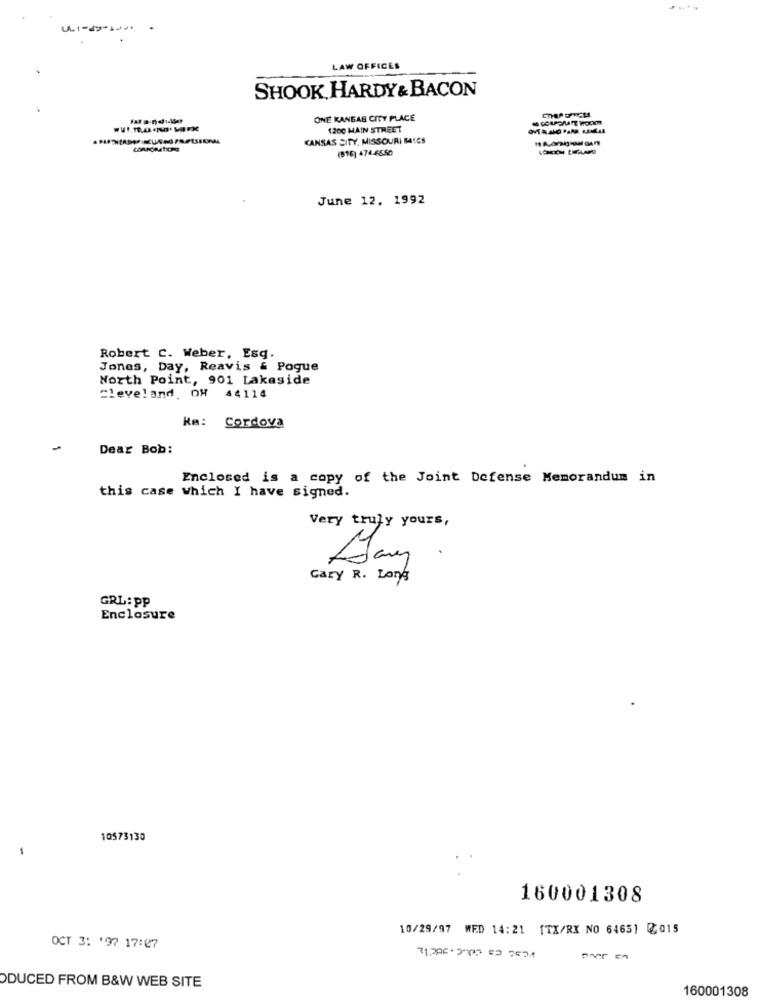
LAW OFFICES
SHOOK HARDY & BACON
ONE KANGAS CITY PLACE
1200 MAIN STREET
KANSAS CITY, MISSOURI BICS
(816) 474-6550
June 12. 1992
Robert C. Weber, Esq.
Jones, Day, Reavis & Pogue
North Point, 901 Lakeside
Cleveland. OH 44114
Km: Cordova
Dear Bob:
Enclosed is a copy of the Joint Defense Memorandum in
this case which I have signed.
Very truly yours,
.
Gary R. Long
GRL: PP
Enclosure
10573130
-
160001308
10/29/97 WED 14:21 [TX/RX NO 6465) 2015
OCT 3: '97 17:27
DUCED FROM B&W WEB SITE
160001308